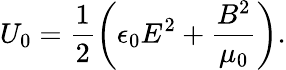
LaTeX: U_{0}=\frac{1}{2}\left(\epsilon_{0}E^{2}+\frac{B^{2}}{\mu_{0}}\right).